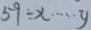
5 9 \div x \cdots y